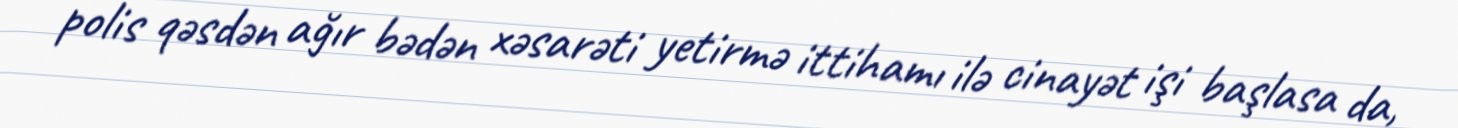
polis qəsdən ağır bədən xəsarəti yetirmə ittihamı ilə cinayət işi başlasa da,